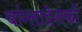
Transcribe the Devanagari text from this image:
बांग्लादेशकी